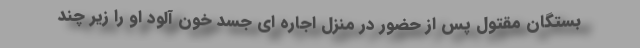
بستگان مقتول پس از حضور در منزل اجاره ای جسد خون آلود او را زیر چند